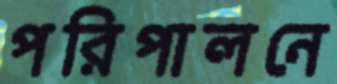
পরিপালনে